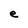
Character: e